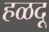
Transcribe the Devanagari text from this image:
हळदू